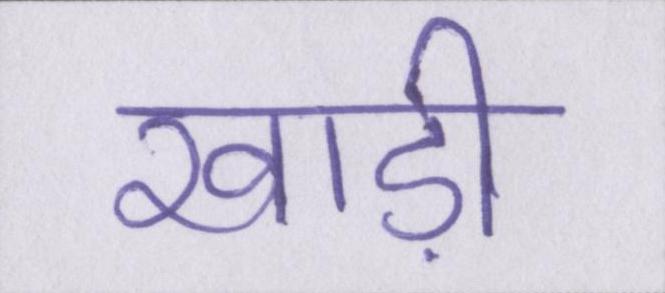
खाड़ी